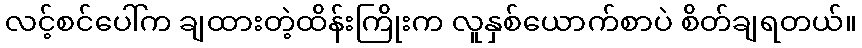
လင့်စင်ပေါ်က ချထားတဲ့ထိန်းကြိုးက လူနှစ်ယောက်စာပဲ စိတ်ချရတယ်။